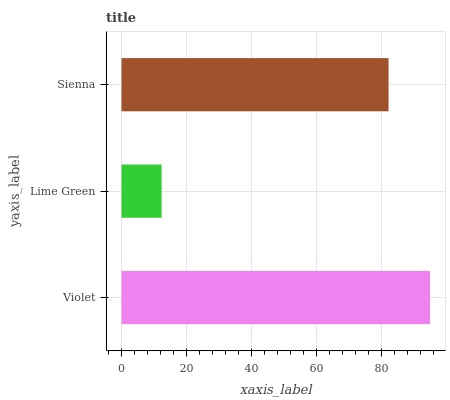
| yaxis_label | bars |
 | --- | --- |
 | Violet | 95 |
 | Lime Green | 12.3 |
 | Sienna | 82.2 |